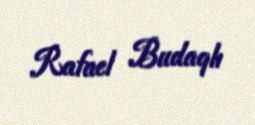
Rafael Budaqlı